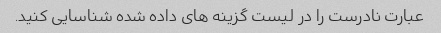
عبارت نادرست را در لیست گزینه های داده شده شناسایی کنید.